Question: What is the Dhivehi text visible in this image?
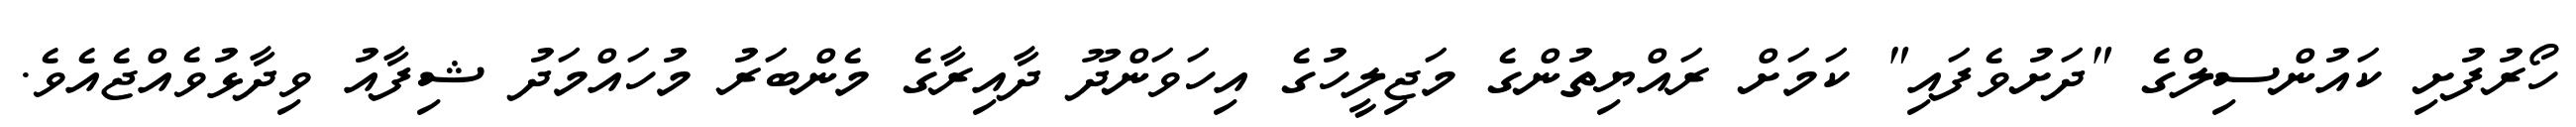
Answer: ހޯރުފުށި ކައުންސިލްގެ "ދަށުވެފައި" ކަމަށް ރައްޔިތުންގެ މަޖިލީހުގެ އިހަވަންދޫ ދާއިރާގެ މެންބަރު މުހައްމަދު ޝިފާއު ވިދާޅުވެއްޖެއެވެ.